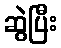
ဆွဲပြီး